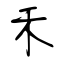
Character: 禾